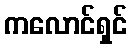
ကလောင်ရှင်